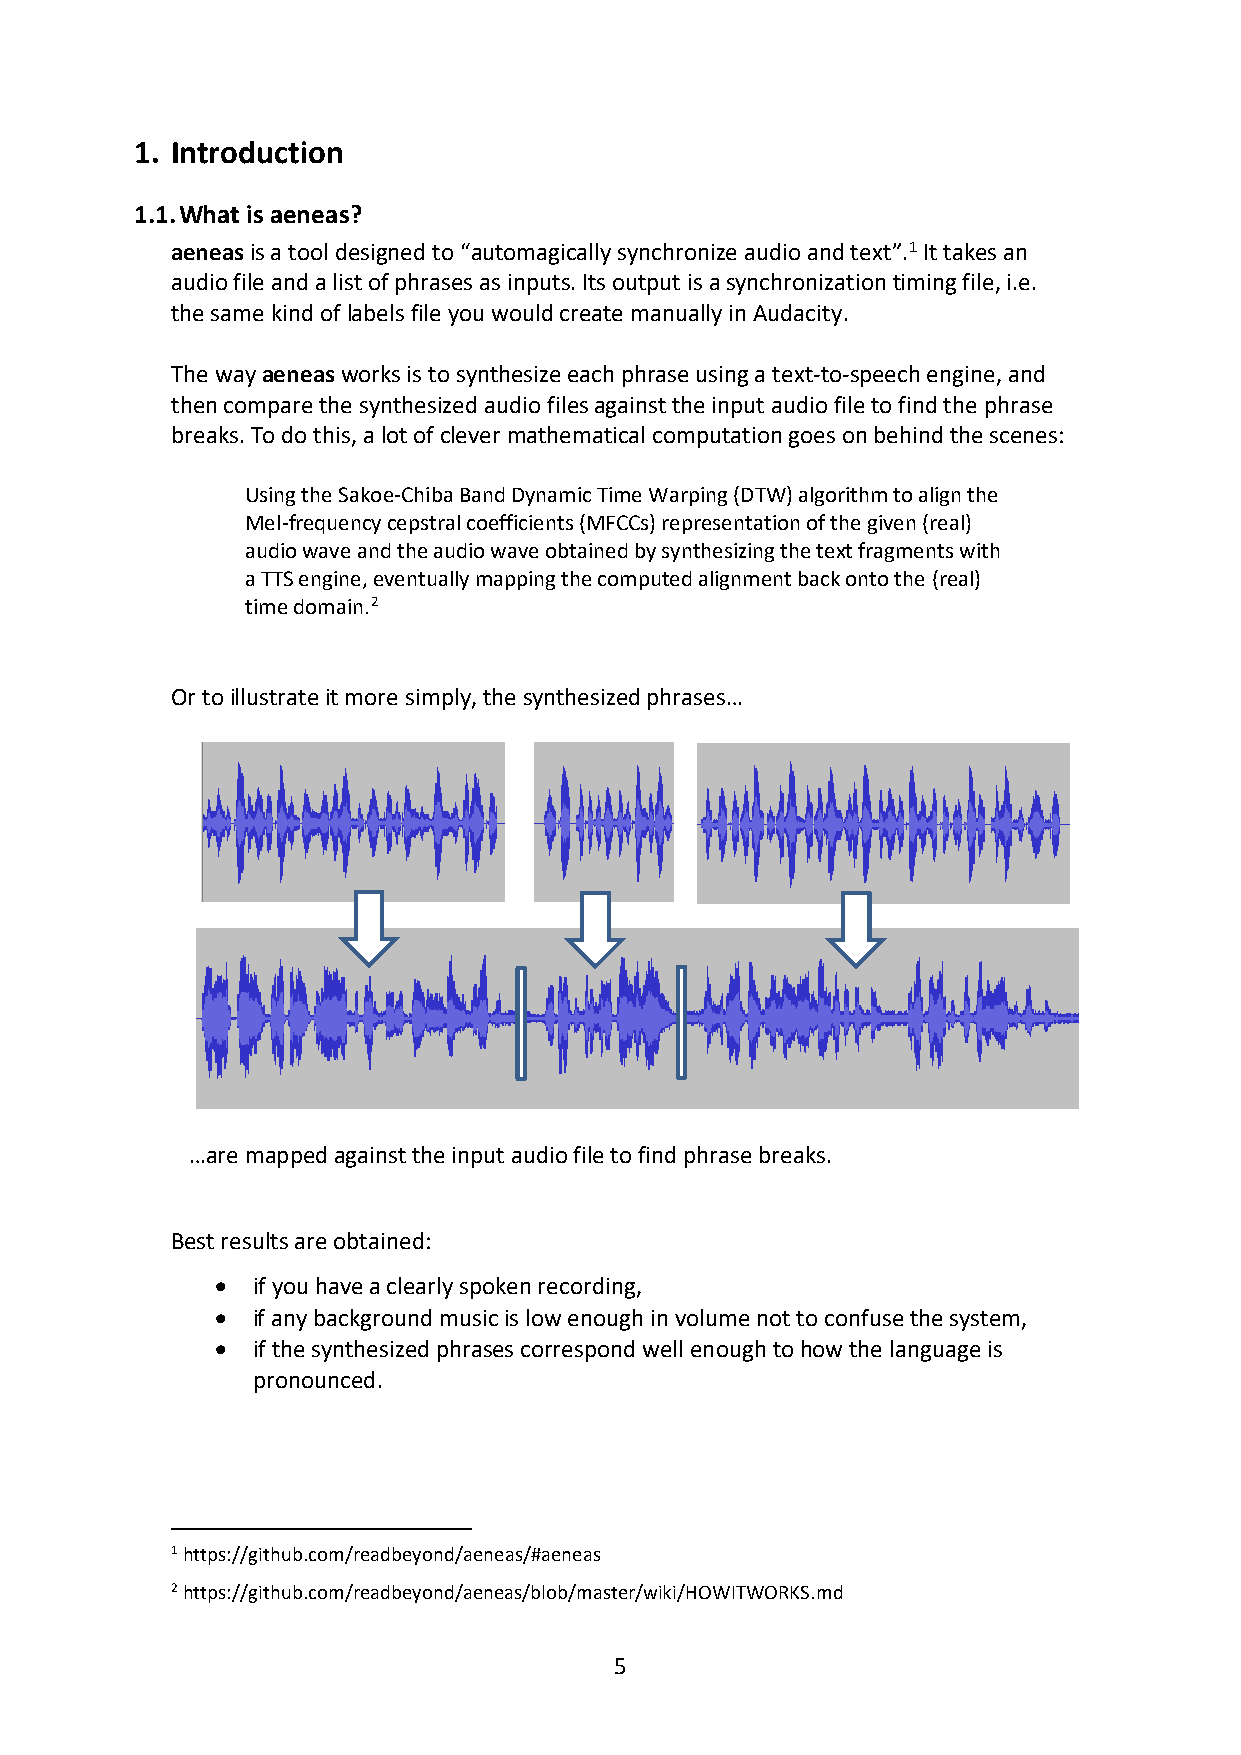
1. Introduction
 1.1. What is aeneas?
 aeneas is a tool designed to “automagically synchronize audio and text”.1 It takes an
 audio file and a list of phrases as inputs. Its output is a synchronization timing file, i.e.
 the same kind of labels file you would create manually in Audacity.
 The way aeneas works is to synthesize each phrase using a text-to-speech engine, and
 then compare the synthesized audio files against the input audio file to find the phrase
 breaks. To do this, a lot of clever mathematical computation goes on behind the scenes:
 Using the Sakoe-Chiba Band Dynamic Time Warping (DTW) algorithm to align the
 Mel-frequency cepstral coefficients (MFCCs) representation of the given (real)
 audio wave and the audio wave obtained by synthesizing the text fragments with
 a TTS engine, eventually mapping the computed alignment back onto the (real)
 time domain.2
 Or to illustrate it more simply, the synthesized phrases…
 …are mapped against the input audio file to find phrase breaks.
 Best results are obtained:
 •  if you have a clearly spoken recording,
 •  if any background music is low enough in volume not to confuse the system,
 •  if the synthesized phrases correspond well enough to how the language is
 pronounced.
 1 https://github.com/readbeyond/aeneas/#aeneas
 2 https://github.com/readbeyond/aeneas/blob/master/wiki/HOWITWORKS.md
 5